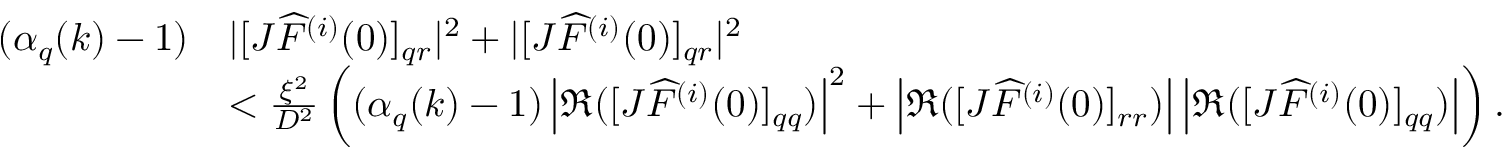
\begin{array} { r l } { ( \alpha _ { q } ( k ) - 1 ) } & { | [ J \widehat { F } ^ { ( i ) } ( 0 ) ] _ { q r } | ^ { 2 } + | [ J \widehat { F } ^ { ( i ) } ( 0 ) ] _ { q r } | ^ { 2 } } \\ & { < \frac { \xi ^ { 2 } } { D ^ { 2 } } \left( ( \alpha _ { q } ( k ) - 1 ) \left| \Re ( [ J \widehat { F } ^ { ( i ) } ( 0 ) ] _ { q q } ) \right| ^ { 2 } + \left| \Re ( [ J \widehat { F } ^ { ( i ) } ( 0 ) ] _ { r r } ) \right| \left| \Re ( [ J \widehat { F } ^ { ( i ) } ( 0 ) ] _ { q q } ) \right| \right) . } \end{array}